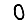
Digit: 0